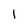
Character: 1